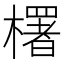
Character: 𣞍